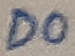
Text: D0